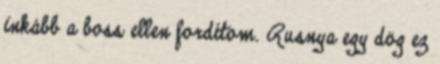
inkább a boss ellen fordítom. Rusnya egy dög ez